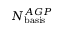
N _ { \mathrm { b a s i s } } ^ { A G P }